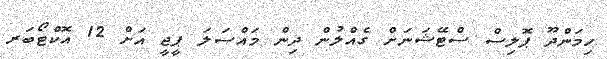
ހިމަންދޫ ޕޮލިސް ސްޓޭޝަނަށް ގެއްލުން ދިން މައްސަލަ ޕީޖީ އަށް 12 އޮކްޓޯބަރ